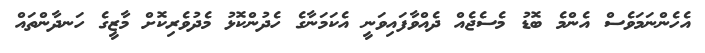
އެހެންނަމަވެސް އެންމެ ބޮޑު މެސެޖެއް ދެއްވާފައިވަނީ އެކަމަނާގެ ހެދުންކޮޅު މެދުވެރިކޮށް މާޒީގެ ހަނދާންތައް